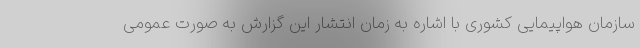
سازمان هواپیمایی کشوری با اشاره به زمان انتشار این گزارش به صورت عمومی